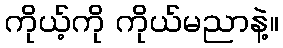
ကိုယ့်ကို ကိုယ်မညာနဲ့။